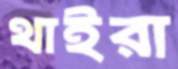
থাইরা